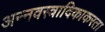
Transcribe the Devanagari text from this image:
अन्नवस्त्रादिकाकरता